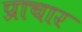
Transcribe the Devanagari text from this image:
प्राचार